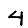
Digit: 4